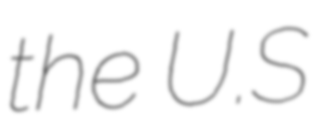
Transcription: the U.S